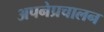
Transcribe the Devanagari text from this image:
अपनेप्रचालन